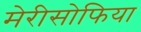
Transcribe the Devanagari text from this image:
मेरीसोफिया